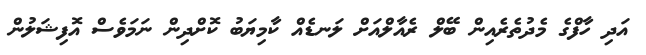
އަދި ހާފްގެ މެދުތެރެއިން ބޭލް ރެއާލްއަށް ލަނޑެއް ކާމިޔަބު ކޮށްދިން ނަމަވެސް އޮފިޝަލުން